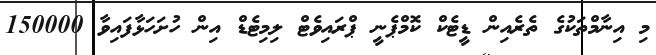
މި އިނާމްތަކުގެ ތެރެއިން ޑީޓެކް ކޮމްޕެނީ ޕްރައިވެޓް ލިމިޓެޑް އިން ހުށަހަޅާފައިވާ 150000